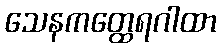
သေနကတ္ထေရဂါထာ